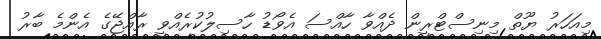
މިއަހަރު ޔޫތް މިނިސްޓްރީން ދެއްވާ ހާއްސަ އެވޯޑު ހާސިލުކުރެއްވީ ރާއްޖޭގެ އެންމެ ބާރު